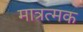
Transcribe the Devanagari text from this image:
मात्रत्मक